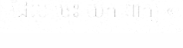
ដែល ចេះ យក ពាក្យ «